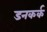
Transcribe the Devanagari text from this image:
डनकर्क